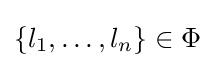
\{l_{1},\dots ,l_{n}\}\in \Phi